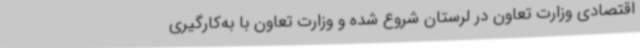
اقتصادی وزارت تعاون در لرستان شروع شده و وزارت تعاون با به‌کارگیری